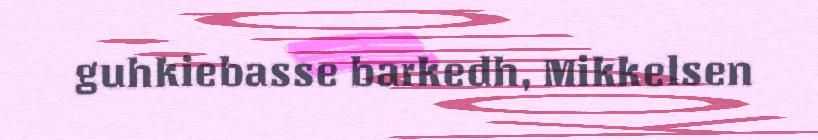
guhkiebasse barkedh, Mikkelsen